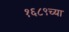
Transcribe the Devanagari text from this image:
१६८९च्या